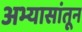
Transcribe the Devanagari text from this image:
अभ्यासांतून